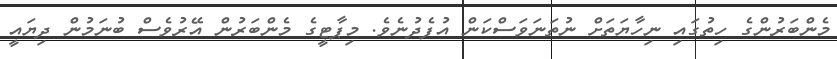
މެންބަރުންގެ ހިތުގައި ނިހާޔަތަށް ނުތަނަވަސްކަން އުފެދުނެވެ. މިޕާޓީގެ މެންބަރުން އޭރުވެސް ބުނަމުން ދިޔައީ